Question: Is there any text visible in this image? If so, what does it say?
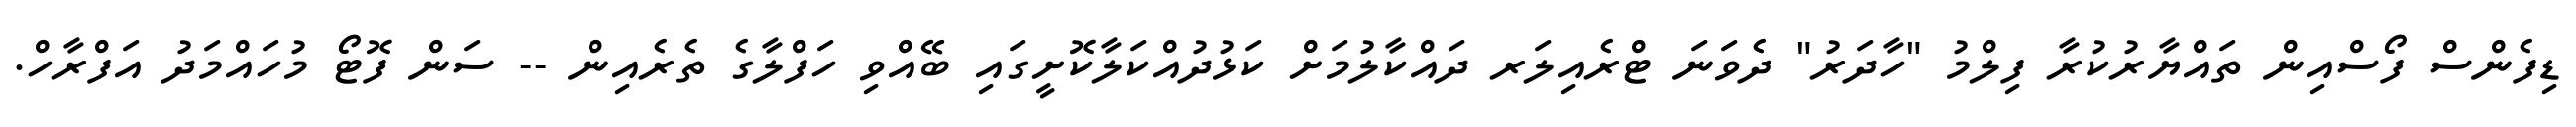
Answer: ޑިފެންސް ފޯސްއިން ތައްޔާރުކުރާ ފިލްމު "ހާދަރު" ދެވަނަ ޓްރެއިލަރ ދައްކާލުމަށް ކަޅުދުއްކަލާކޮށީގައި ބޭއްވި ހަފްލާގެ ތެރެއިން -- ސަން ފޮޓޯ މުހައްމަދު އަފްރާހް.